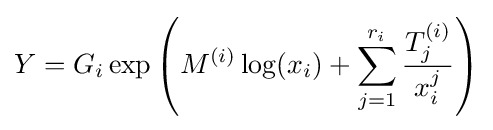
Y=G_{i}\exp \left(M^{(i)}\log(x_{i})+\sum _{j=1}^{r_{i}}{\frac {T_{j}^{(i)}}{x_{i}^{j}}}\right)